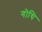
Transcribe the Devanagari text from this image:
गोथि